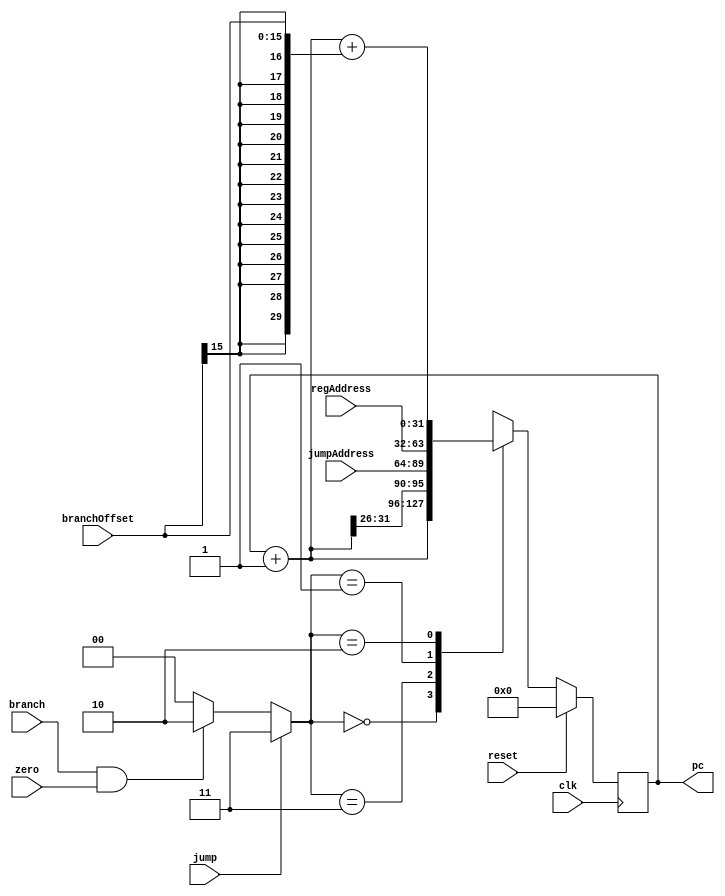
`timescale 1ns / 1ps

module ProgramCounter(
    input clk,
    input reset,
    input zero,
    input branch,
    input jump,
    input [25:0] jumpAddress,
    input [15:0] branchOffset,
    input [31:0] regAddress,
    output reg [31:0] pc 
);
    wire [31:0] pcPlus4;
    reg [1:0] pcControl;
    initial
    begin
        pc <= 32'h00000000;
    end
    
    assign pcPlus4 = pc + 1;
    
    always @(posedge clk)
    begin
        if(reset == 1)
            pc <= 32'h00000000;
        else
        begin
        pcControl = ( branch & zero == 1)? 2'b10: 2'b00;
        pcControl = (jump)?2'b11:pcControl;
        
            case(pcControl)
                2'b00: pc <= pcPlus4;                                                       //Increment of program counter by 4
                2'b11: pc <= {pcPlus4[31:26],jumpAddress};                                  //Jump address calculation.
                2'b01: pc <= regAddress;                                                    //Initial address
                2'b10: pc <= pcPlus4 + {{14{branchOffset[15]}},branchOffset[15:0]};   //Branch address calculation.
                default: pc<= pcPlus4;
            endcase
        end
        // $display("pc - %d clk -%d  reset- %d pcControl- %b",pc,clk,reset,pcControl);
    end
endmodule